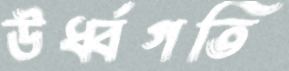
উর্ধ্বগতি